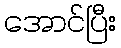
အောင်ပြီး